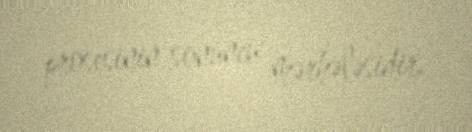
prosesinin sonuncu mərhələsidir.